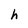
Character: h